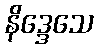
နိဒ္ဒေသေ